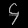
Digit: ၄